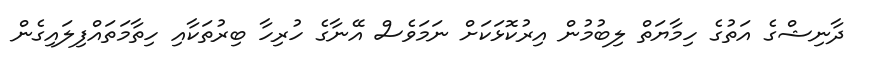
ދާނިޝްގެ އަތުގެ ހިމާޔަތް ލިބުމުން އިރުކޮޅަކަށް ނަމަވެސް އޭނާގެ ހުރިހާ ބިރުތަކާއި ހިތާމަތައްފިލައިގެން